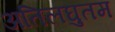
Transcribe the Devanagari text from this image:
अतिलघुतम